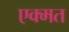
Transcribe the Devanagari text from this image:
एक्मत